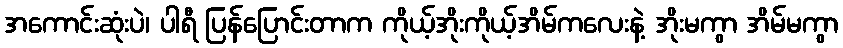
အကောင်းဆုံးပဲ၊ ပါရီ ပြန်ပြောင်းတာက ကိုယ့်အိုးကိုယ့်အိမ်ကလေးနဲ့ အိုးမကွာ အိမ်မကွာ